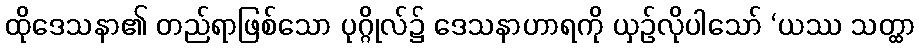
ထိုဒေသနာ၏ တည်ရာဖြစ်သော ပုဂ္ဂိုလ်၌ ဒေသနာဟာရကို ယှဉ်လိုပါသော် ‘ယဿ သတ္ထာ